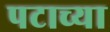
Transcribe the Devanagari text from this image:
पटाच्या